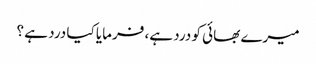
میرے بھائی کو درد ہے، فرمایا کیا درد ہے ؟